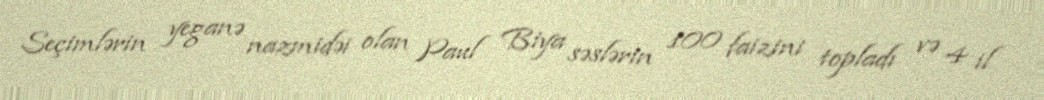
Seçimlərin yeganə nazmidəi olan Paul Biya səslərin 100 faizini topladı və 4 il